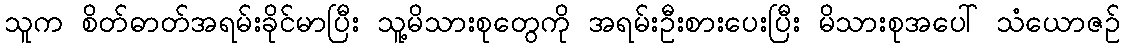
သူက စိတ်ဓာတ်အရမ်းခိုင်မာပြီး သူ့မိသားစုတွေကို အရမ်းဦးစားပေးပြီး မိသားစုအပေါ် သံယောဇဉ်